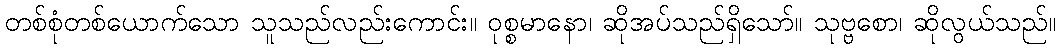
တစ်စုံတစ်ယောက်သော သူသည်လည်းကောင်း။ ဝုစ္စမာနော၊ ဆိုအပ်သည်ရှိသော်။ သုဗ္ဗစော၊ ဆိုလွယ်သည်။